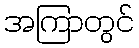
အကြာတွင်